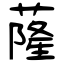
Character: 蕯